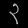
Digit: ၃